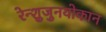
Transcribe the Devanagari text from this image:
रेन्शुजुनयोकान